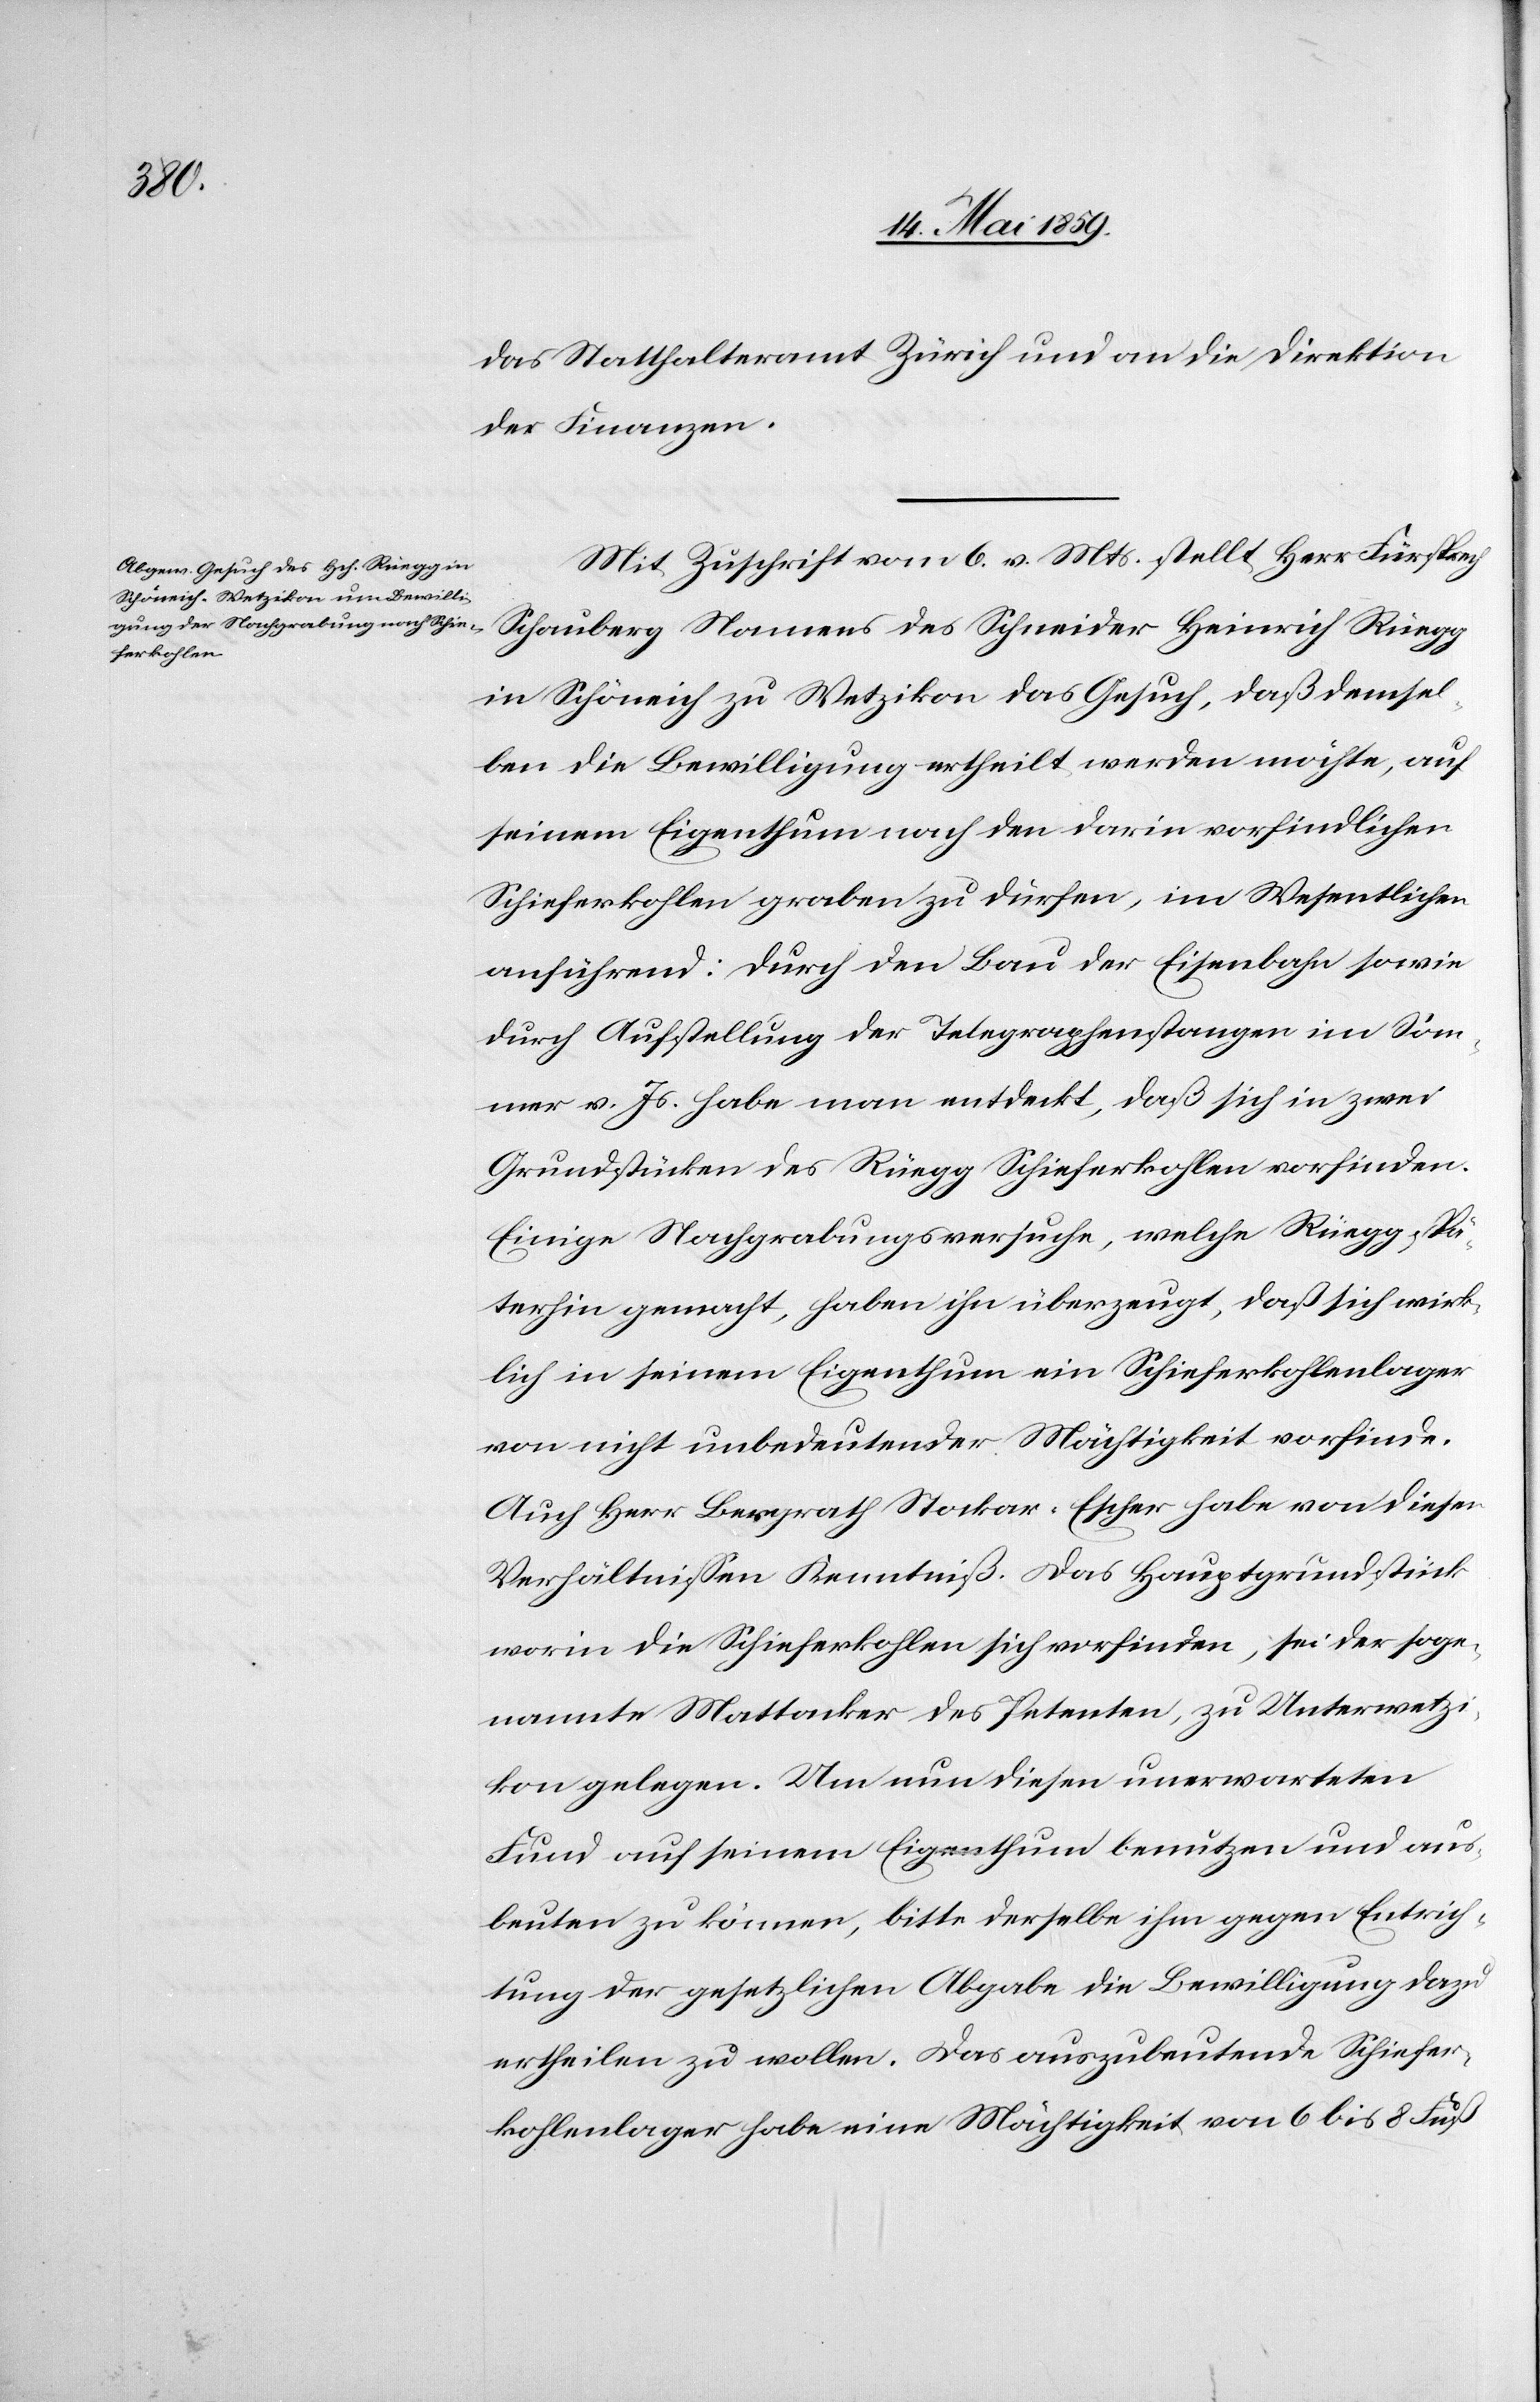
das Statthalteramt Zürich und an die Direktion
der Finanzen.
Mit Zuschrift vom 6. v. Mts. stellt Herr Fürsprech
Schauberg Namens des Schneider Heinrich Rüegg
in Schöneich zu Wetzikon das Gesuch, daß demsel¬
ben die Bewilligung ertheilt werden möchte, auf
seinem Eigenthum nach den darin vorfindlichen
Schieferkohlen graben zu dürfen, im Wesentlichen
anführend: durch den Bau der Eisenbahn sowie
durch Aufstellung der Telegraphenstangen im Som¬
mer v. Js. habe man entdeckt, daß sich in zwei
Grundstücken des Rüegg Schieferkohlen vorfinden.
Einige Nachgrabungsversuche, welche Rüegg spä¬
terhin gemacht, haben ihn überzeugt, daß sich wirk¬
lich in seinem Eigenthum ein Schieferkohlenlager
von nicht unbedeutender Mächtigkeit vorfinde.
Auch Herr Bergrath Stockar-Escher habe von diesen
Verhältnißen Kenntniß. Das Hauptgrundstück
worin die Schieferkohlen sich vorfinden, sei der soge¬
nannte Mattacker des Petenten, zu Unterwetzi¬
kon gelegen. Um nun diesen unerwarteten
Fund auf seinem Eigenthum benutzen und aus¬
beuten zu können, bitte derselbe ihm gegen Entrich¬
tung der gesetzlichen Abgabe die Bewilligung dazu
ertheilen zu wollen. Das auszubeutende Schiefer¬
kohlenlager habe eine Mächtigkeit von 6 bis 8 Fuß